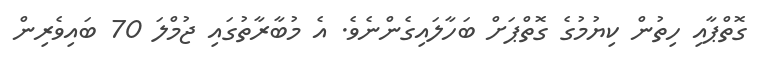
ގޮތްޕާއި ހިތުން ކިޔުމުގެ ގޮތްޕަށް ބަހާލައިގެންނެވެ. އެ މުބާރާތުގައި ޖުމްލަ 70 ބައިވެރިން